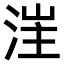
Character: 𣷪